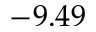
- 9 . 4 9